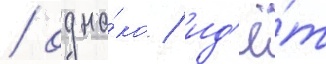
/ одна́ко / ид'ё́т